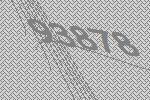
93878